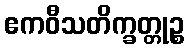
ဧကဝီသတိက္ခတ္တုဉ္စ